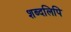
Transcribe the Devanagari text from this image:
शब्दलिपि